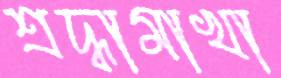
শ্রদ্ধামাখা